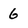
Character: 6